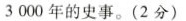
3000年的史事。(2分)